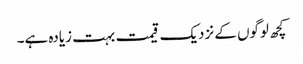
کچھ لوگوں کے نزدیک قیمت بہت زیادہ ہے۔